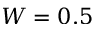
W = 0 . 5